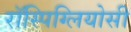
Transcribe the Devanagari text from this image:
रॉस्पिग्लियोसी